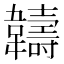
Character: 𬰯